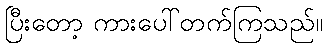
ပြီးတော့ ကားပေါ်တက်ကြသည်။